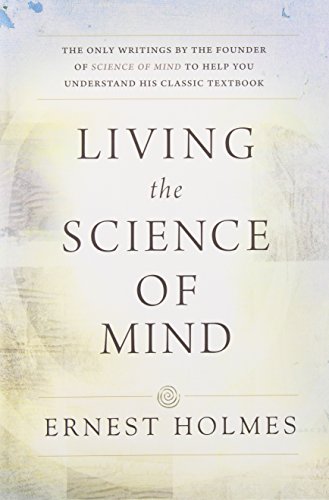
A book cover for Living the Science of Mind; Ernest Holmes; Religion & Spirituality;